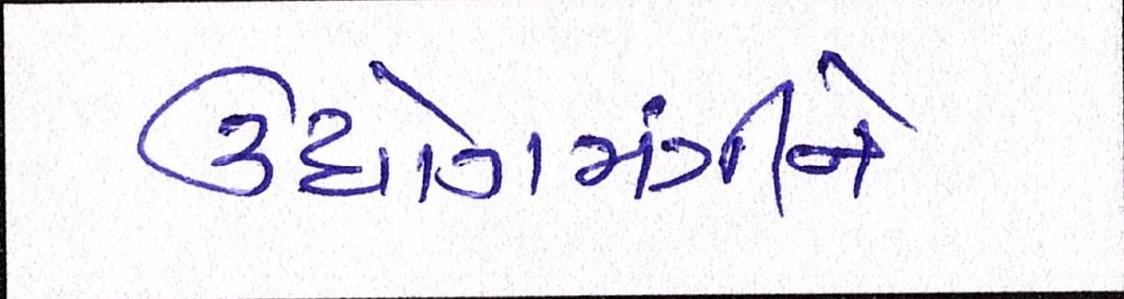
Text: ઉધોગમંત્રીને